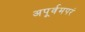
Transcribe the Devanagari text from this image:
अपूर्वमपरं